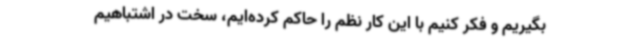
بگیریم و فکر کنیم با این کار نظم را حاکم کرده‌ایم، سخت در اشتباهیم